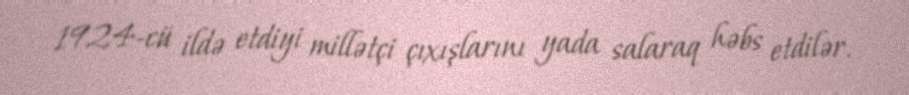
1924-cü ildə etdiyi millətçi çıxışlarını yada salaraq həbs etdilər.